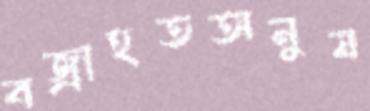
বজ্রাহতঅনুয